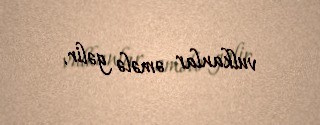
vulkanlar əmələ gəlir.